Scientific memoirs by medical officers of the Army of India - Part XII,
Year: 1901
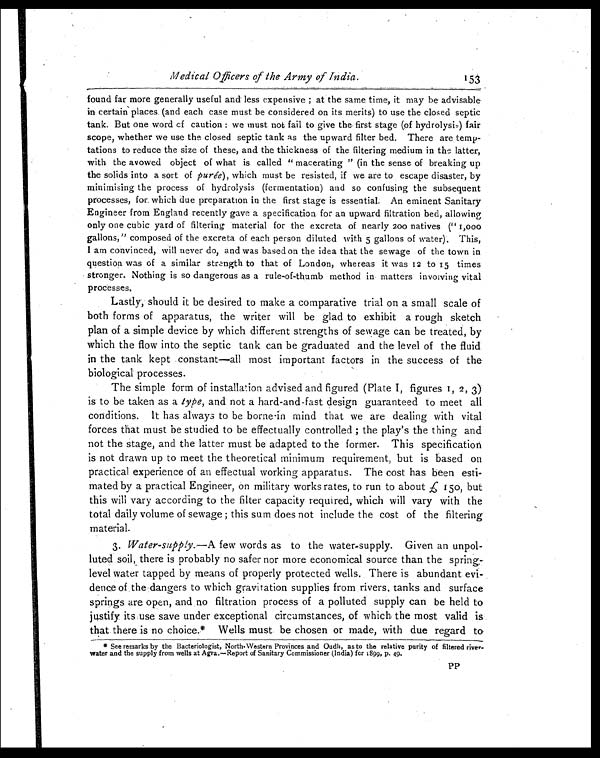
Medical Officers of the Army of India.
found far more generally useful and less expensive; at the same time, it may be advisable
in certain places (and each case must be considered on its merits) to use the closed septic
tank. But one word of caution: we must not fail to give the first stage (of hydrolysis) fair
scope, whether we use the closed septic tank as the upward filter bed. There are temp
-tations to reduce the size of these, and the thickness of the filtering medium in the latter,
with the avowed object of what is called "macerating" (in the sense of breaking up
the solids into a sort of purée), which must be resisted, if we are to escape disaster, by
minimising the process of hydrolysis (fermentation) and so confusing the subsequent
processes, for which due preparation in the first stage is essential. An eminent Sanitary
Engineer from England recently gave a specification for an upward filtration bed, allowing
only one cubic yard of filtering material for the excreta of nearly 200 natives ("1,000
gallons," composed of the excreta of each person diluted with 5 gallons of water). This,
I am convinced, will never do, and was based on the idea that the sewage of the town in
question was of a similar strength to that of London, whereas it was 12 to 15 times
stronger. Nothing is so dangerous as a rule-of-thumb method in matters involving vital
processes.
Lastly, should it be desired to make a comparative trial on a small scale of
both forms of apparatus, the writer will be glad to exhibit a rough sketch
plan of a simple device by which different strengths of sewage can be treated, by
which the flow into the septic tank can be graduated and the level of the fluid
in the tank kept constant—all most important factors in the success of the
biological processes.
The simple form of installation advised and figured (Plate I, figures 1, 2 , 3)
is to be taken as a type, and not a hard-and-fast design guaranteed to meet all
conditions. It has always to be borne in mind that we are dealing with vital
forces that must be studied to be effectually controlled; the play's the thing and
not the stage, and the latter must be adapted to the former. This specification
is not drawn up to meet the theoretical minimum requirement, but is based on
practical experience of an effectual working apparatus. The cost has been esti
-mated by a practical Engineer, on military works rates, to run to about £ 150, but
this will vary according to the filter capacity required, which will vary with the
total daily volume of sewage; this sum does not include the cost of the filtering
material.
3. Water-supply.—A few words as to the water-supply. Given an unpol
-luted soil, there is probably no safer nor more economical source than the spring
-level water tapped by means of properly protected wells. There is abundant evi-
dence of the dangers to which gravitation supplies from rivers, tanks and surface
springs are open, and no filtration process of a polluted supply can be held to
justify its use save under exceptional circumstances, of which the most valid is
that there is no choice.* Wells must be chosen or made, with due regard to
* See remarks by the Bacteriologist, North. Western Provinces and Oudh, as to the relative purity of filtered river
-water and the supply from wells at Agra.—Report of Sanitary Commissioner (India) for 1899, P. 49.
153
PP